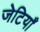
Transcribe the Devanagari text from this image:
जेटियाँ